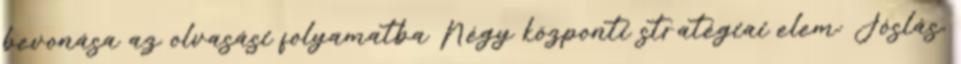
bevonása az olvasási folyamatba Négy központi stratégiai elem: Jóslás,